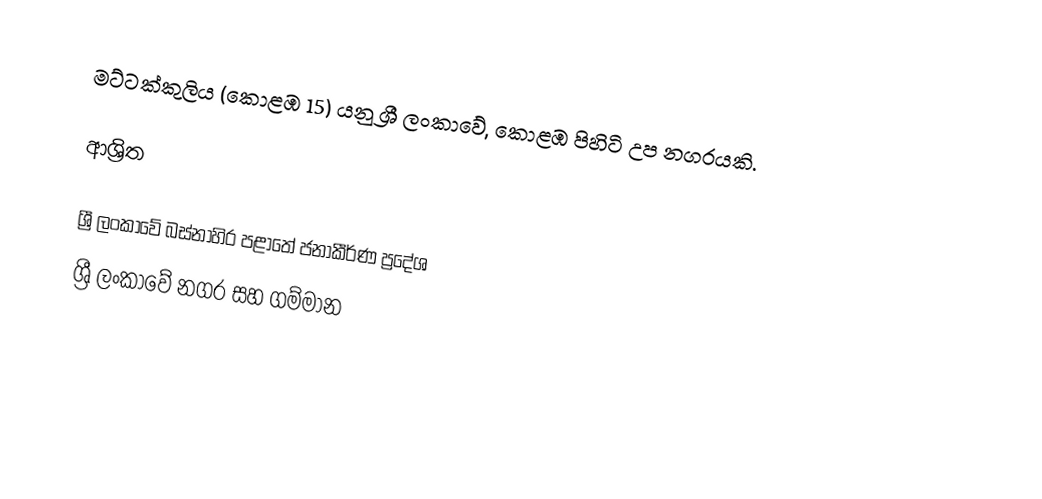
මට්ටක්කුලිය (කොළඹ 15) යනු ශ්‍රී ලංකාවේ, කොළඹ පිහිටි උප නගරයකි.

ආශ්‍රිත

ශ්‍රී ලංකාවේ බස්නාහිර පළාතේ ජනාකීර්ණ ප්‍රදේශ
ශ්‍රී ලංකාවේ නගර සහ ගම්මාන